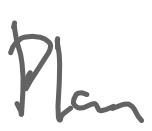
Text: Plan
Cross-out: clean
Writing tool: digital_gray